Riigikantselei, lk 20
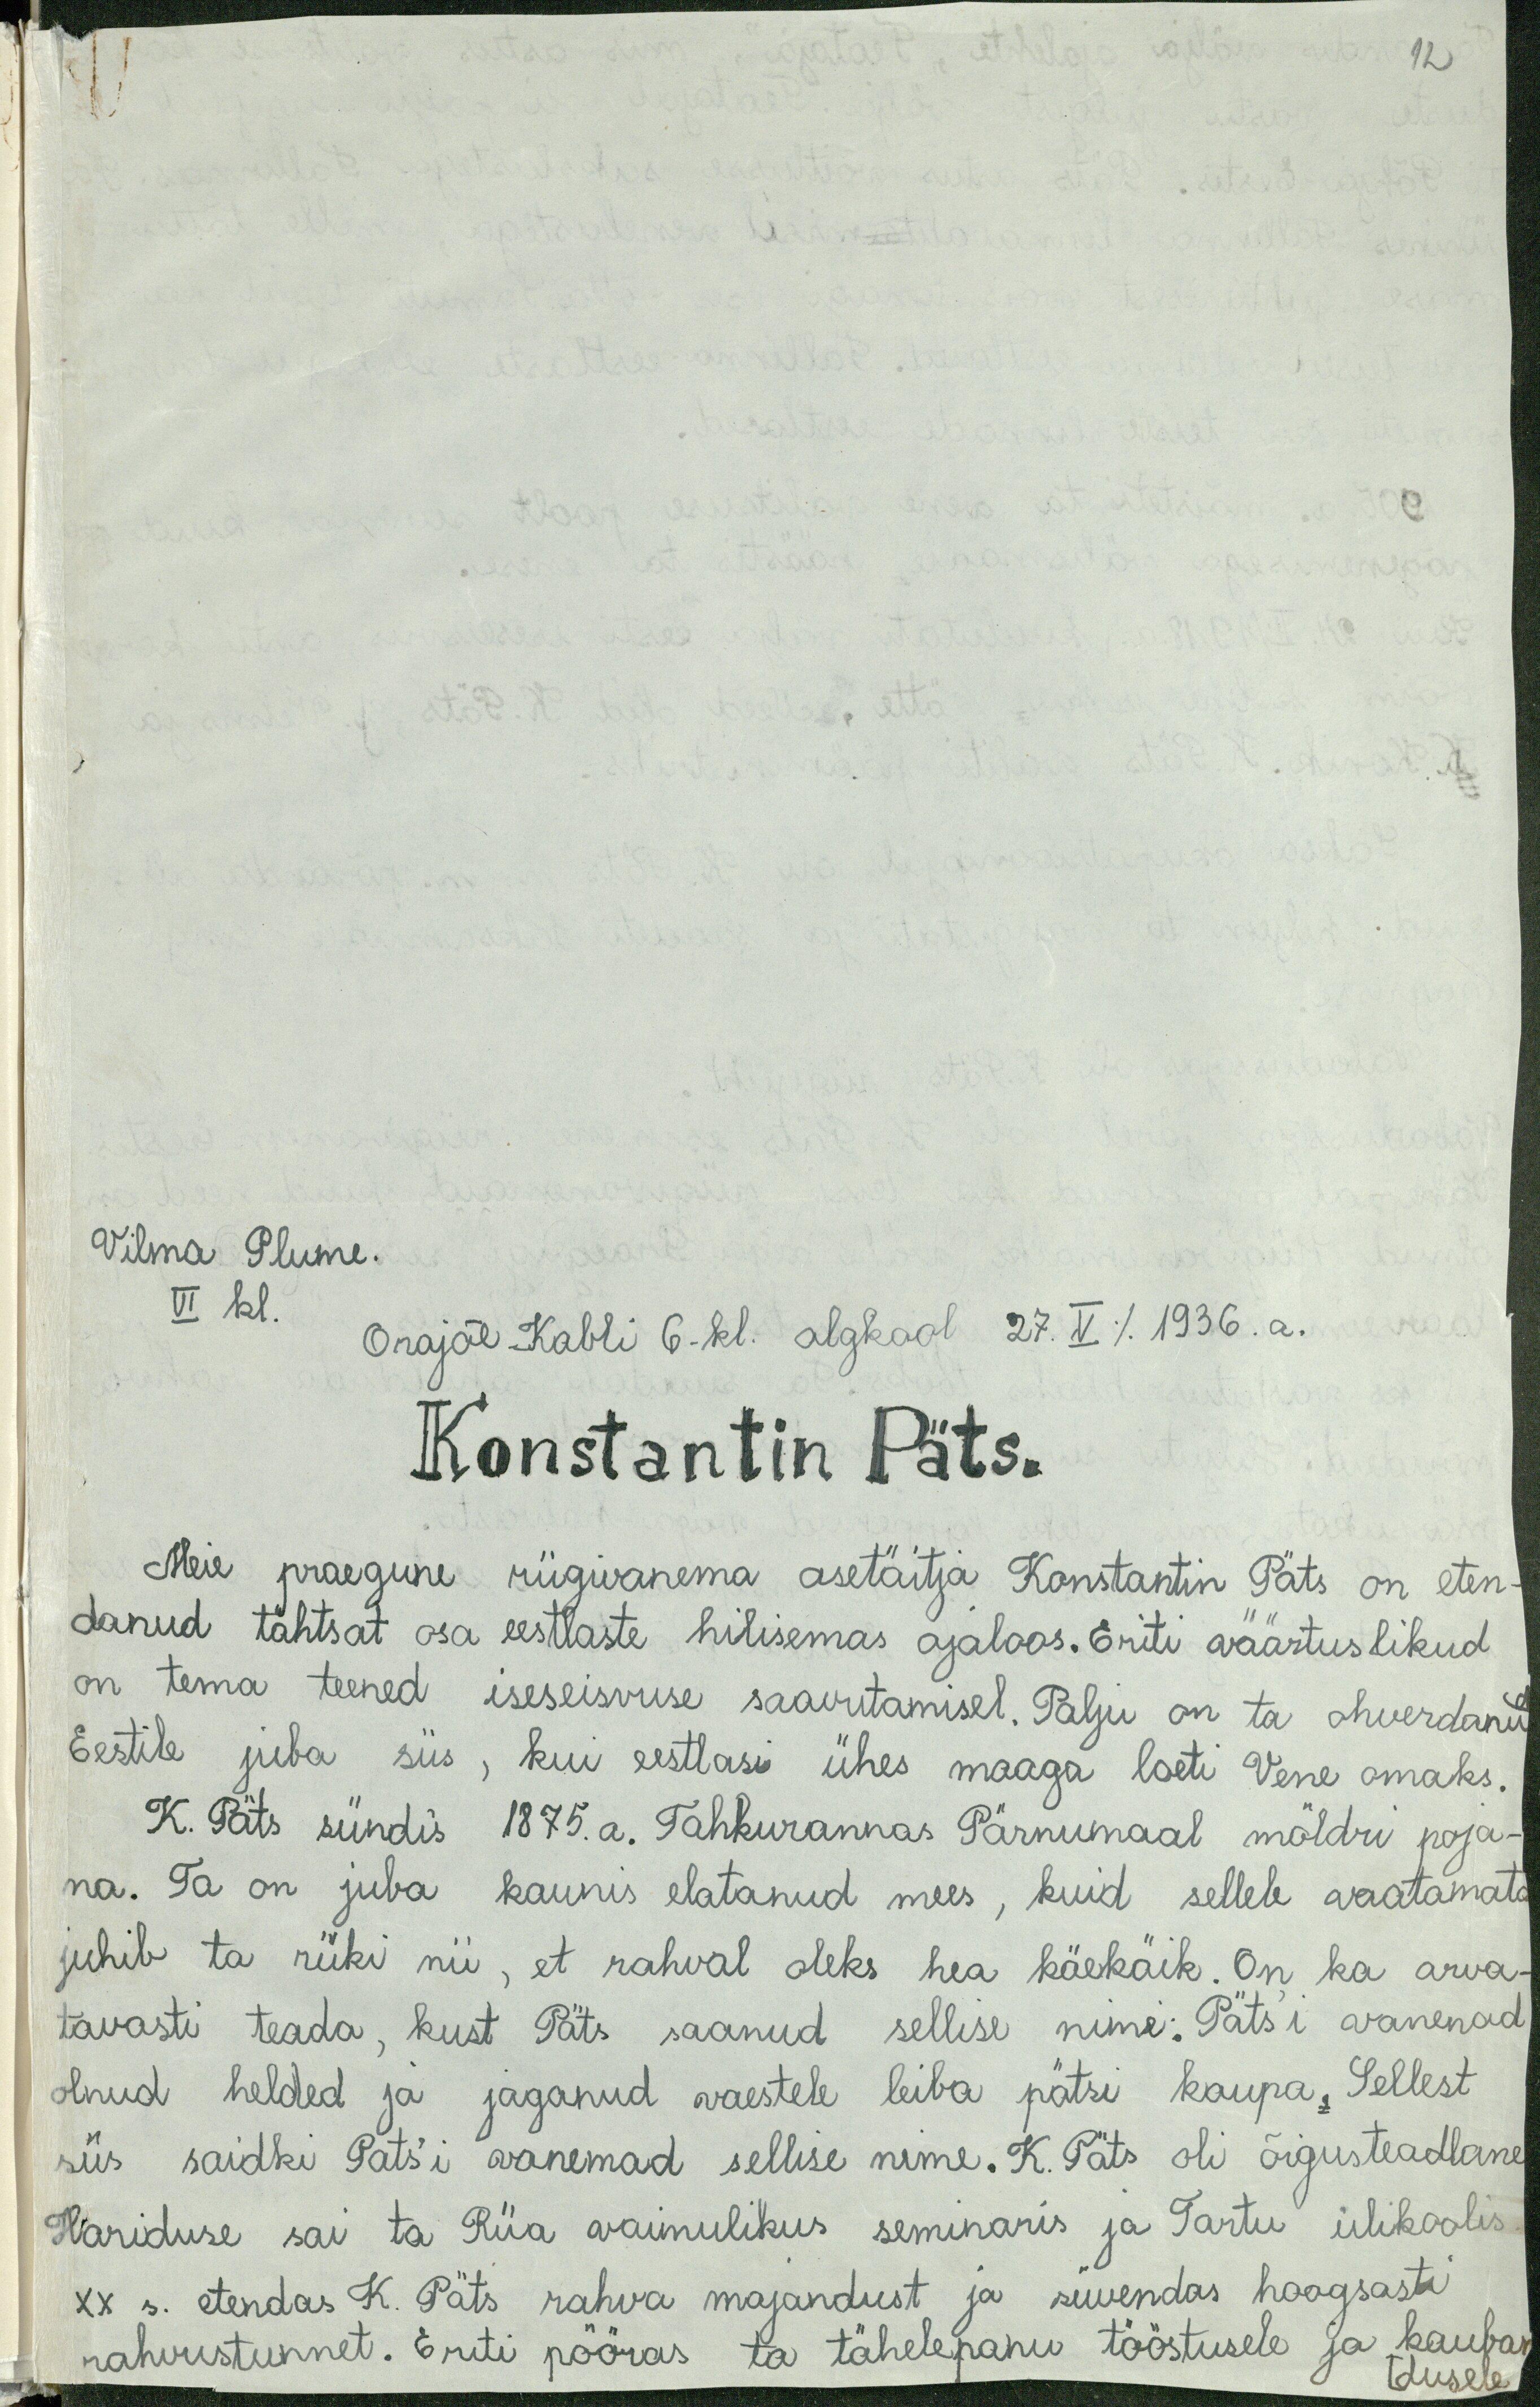
12
Vilma Plume.
VI kl.
Orajõe Kabli 6-kl. algkool 27. V / 1936. a.
Konstantin Päts.
Meie praegune riigivanema asetäitja Konstantin Päts on eten-
danud tähtsat osa eestlaste hilisemas ajaloos. Eriti väärtuslikud
on tema teened iseseisvuse saavutamisel. Palju on ta ohverdanud
Eestile juba siis, kui eestlasi ühes maaga loeti Vene omaks.
K. Päts sündis 1875. a. Tahkurannas Pärnumaal möldri poja-
na. Ta on juba kaunis elatanud mees, kuid sellele vaatamata
juhib ta riiki nii, et rahval oleks hea käekäik. On ka arva-
tavasti teada, kust Päts saanud sellise nime. Päts'i vanenad
olnud helded ja jaganud vaestele leiba pätsi kaupa. Sellest
siis saidki Pats'i vanemad sellise nime. K. Päts oli õigusteadlane
Hariduse sai ta Riia vaimulikus seminaris ja Tartu ülikoolis
XX s. etendas K. Päts rahva majandust ja süvendas hoogsasti
rahvustunnet. Eriti pööras ta tähelepanu tööstusele ja kauban
tdusele